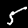
Label: 5